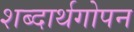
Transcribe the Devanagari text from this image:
शब्दार्थगोपन